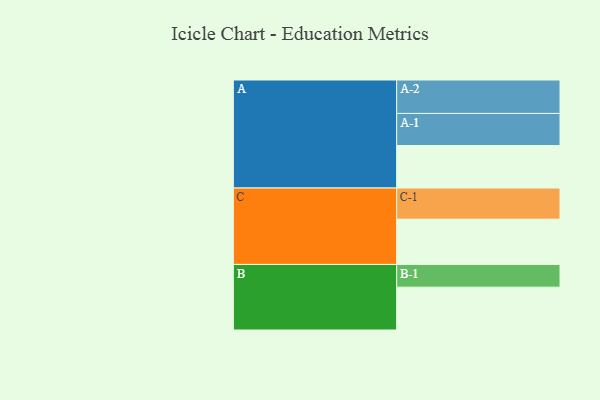
{"axis": {"x": "Segment", "y": "Value"}, "legend": ["", "A", "B", "C"], "data": [{"x": "A", "y": 348, "type": ""}, {"x": "B", "y": 351, "type": ""}, {"x": "C", "y": 371, "type": ""}, {"x": "A-1", "y": 263, "type": "A"}, {"x": "A-2", "y": 274, "type": "A"}, {"x": "B-1", "y": 186, "type": "B"}, {"x": "C-1", "y": 255, "type": "C"}]}